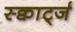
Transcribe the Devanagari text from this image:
स्क्वार्ट्ज